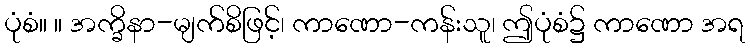
ပုံစံ။ ။ အက္ခိနာ-မျက်စိဖြင့်၊ ကာဏော-ကန်းသူ၊ ဤပုံစံ၌ ကာဏော အရ